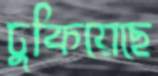
ঢুকিয়েছে